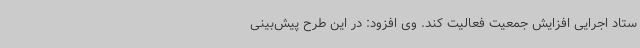
ستاد اجرایی افزایش جمعیت فعالیت کند. وی افزود: در این طرح پیش‌بینی